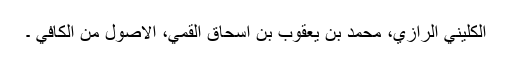
الكليني الرازي، محمد بن يعقوب بن اسحاق القمي، الاصول من الكافي ۔